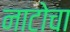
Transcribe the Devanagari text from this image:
नाटोचा